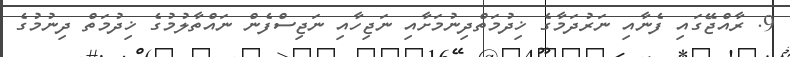
9. ރާއްޖޭގައި ފެނާއި ނަރުދަމާގެ ޚިދުމަތްދިނުމަށާއި ނަޖިހާއި ނަޖިސްފެން ނައްތާލުމުގެ ޚިދުމަތް ދިނުމުގެ